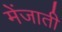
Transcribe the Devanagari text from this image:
मेंजाती